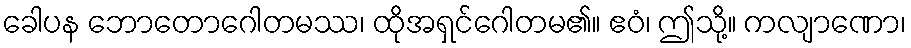
ခေါပန ဘောတောဂေါတမဿ၊ ထိုအရှင်ဂေါတမ၏။ ဧဝံ၊ ဤသို့။ ကလျာဏော၊